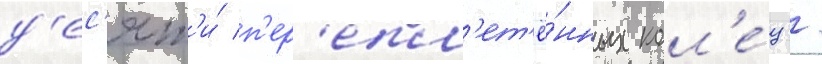
д'ес'ят'и́ п'ер'епл'ет'ё́нных кол'е́ц /